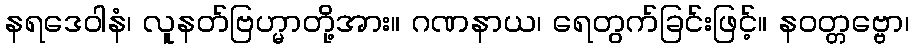
နရဒေဝါနံ၊ လူနတ်ဗြဟ္မာတို့အား။ ဂဏနာယ၊ ရေတွက်ခြင်းဖြင့်။ နဝတ္တဗ္ဗော၊